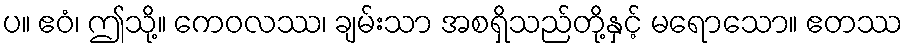
ပ။ ဧဝံ၊ ဤသို့။ ကေဝလဿ၊ ချမ်းသာ အစရှိသည်တို့နှင့် မရောသော။ ဧတဿ